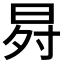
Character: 𭥸